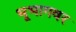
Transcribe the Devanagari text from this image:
भूभागवर